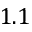
1 . 1